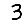
Digit: 3